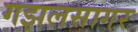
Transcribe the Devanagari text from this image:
गझलसागर